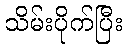
သိမ်းပိုက်ပြီး